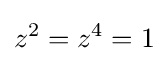
z^{2}=z^{4}=1